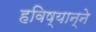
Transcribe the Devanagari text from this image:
हविष्यान्ने